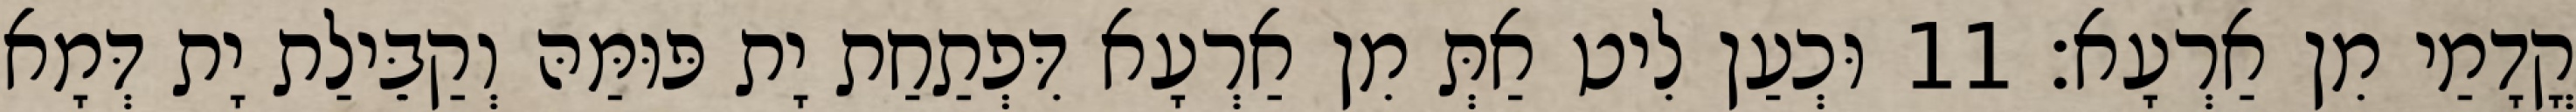
קֳדָמַי מִן אַרְעָא׃ 11 וּכְעַן לִיט אַתְּ מִן אַרְעָא דִּפְתַחַת יָת פּוּמַּהּ וְקַבֵּילַת יָת דְּמָא